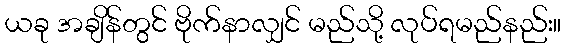
ယခု အချိန်တွင် ဗိုက်နာလျှင် မည်သို့ လုပ်ရမည်နည်း။